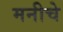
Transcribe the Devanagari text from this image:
मनीचे